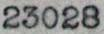
23028